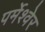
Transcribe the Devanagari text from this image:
पर्मेश्वेर